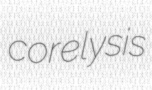
corelysis